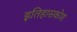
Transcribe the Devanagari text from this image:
इतिहासकोश